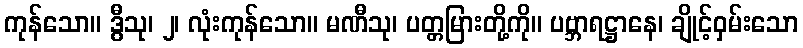
ကုန်သော။ ဒွီသု၊ ၂၊ လုံးကုန်သော။ မဏီသု၊ ပတ္တမြားတို့ကို။ ပဗ္ဘာရဋ္ဌာနေ၊ ချိုင့်ဝှမ်းသော